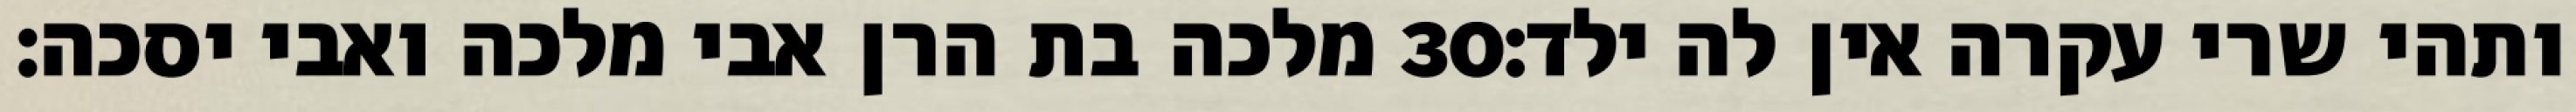
מלכה בת הרן אבי מלכה ואבי יסכה׃ ‎30‏ ותהי שרי עקרה אין לה ילד׃